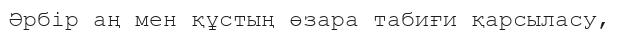
Әрбір аң мен құстың өзара табиғи қарсыласу,